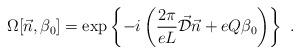
LaTeX: \begin{align*}\Omega[\vec{n},\beta_0] = \exp \left\{ -i \left( \frac{2\pi}{eL}\vec{\cal D}\vec{n}+ e Q \beta_0 \right) \right\} \ .\end{align*}